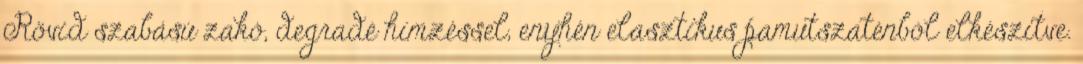
Rövid szabású zakó, degradé hímzéssel, enyhén elasztikus pamutszaténból elkészítve.